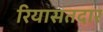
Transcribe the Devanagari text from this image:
रियासतदार